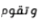
وتقوم